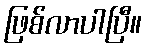
ဖြစ်လာပါပြီ။